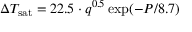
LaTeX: \Delta T _ { \mathrm { { s a t } } } = 2 2 . 5 \cdot { q } ^ { 0 . 5 } \exp ( - P / 8 . 7 )